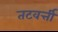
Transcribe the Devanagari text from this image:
तटवर्त्ती